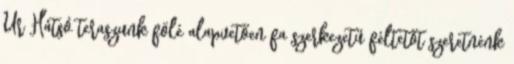
Úr Hátsó teraszunk fölé alapvetően fa szerkezetű féltetőt szeretnénk